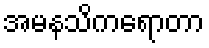
အမနသိကရောတာ